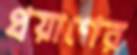
প্রয়াণের